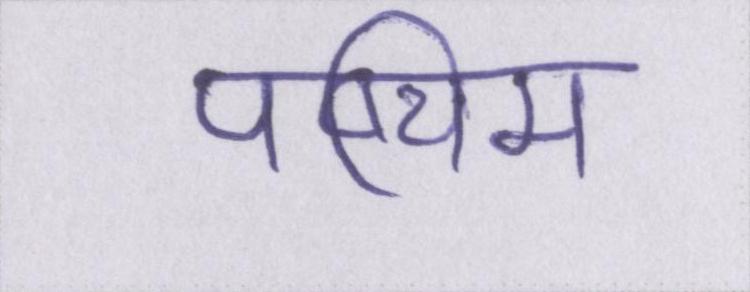
पष्चिम